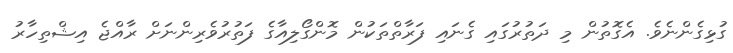
ގުޅިގެންނެވެ. އެގޮތުން މި ދަތުރުގައި ގެނައި ފަރާތްތަކުން މޮންގޯލިއާގެ ފަތުރުވެރިންނަށް ރާއްޖެ އިޝްތިހާރު